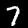
Label: 7